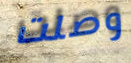
وصلت